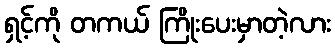
ရှင့်ကို တကယ် ကြိုးပေးမှာတဲ့လား